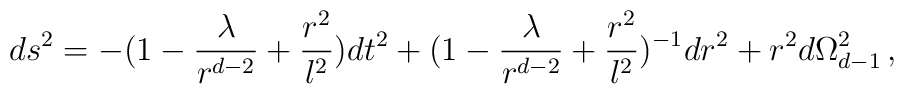
ds^2 = - (1 - {\lambda\over r^{d-2}} +{r^2\over l^2})dt^2 + (1 - {\lambda\over r^{d-2}}+{r^2\over l^2})^{-1} dr^2 + r^2d\Omega_{d-1}^2\, ,